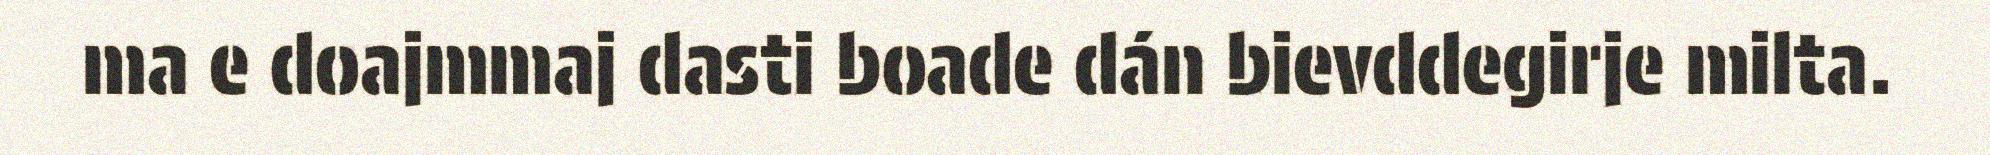
ma e doajmmaj dasti boade dán bievddegirje milta.